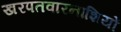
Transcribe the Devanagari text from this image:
खरपतवारनाशियों